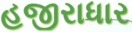
હજીરાધાર